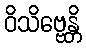
ဝိသိဗ္ဗေန္တိ